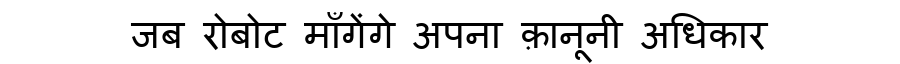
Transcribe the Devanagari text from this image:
जब रोबोट माँगेंगे अपना क़ानूनी अधिकार